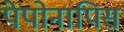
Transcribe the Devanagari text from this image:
पेपोनापिस